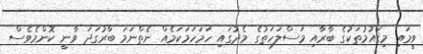
ވީމައި މިޤައުމުތަކުގެ ބާރާއި މަސްލަހަތުގެ މެދުގައި ހަމަހަމަކަމެއް ނެތްނަމަ ބާރުގަދަ ވާނީ ކޮންމެވެސް